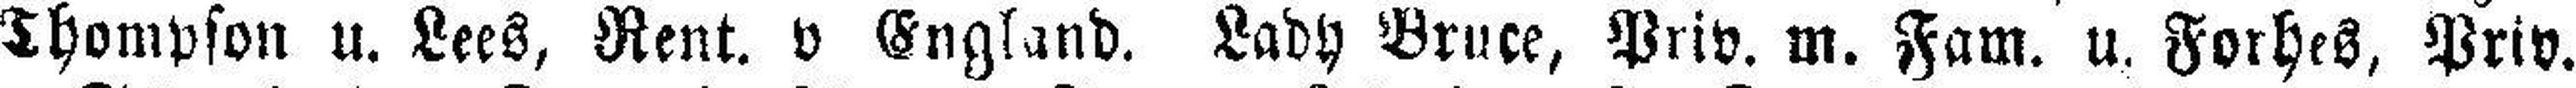
Thompson u. Lees, Rent. v England. Lady Bruce, Priv. m. Fam. u. Forhes, Priv.